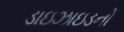
ડાઇઝાઇડનો